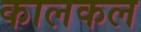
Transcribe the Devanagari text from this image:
कालकल